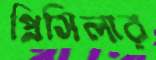
প্রিসিলার